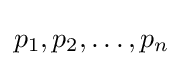
p_{1},p_{2},\ldots ,p_{n}